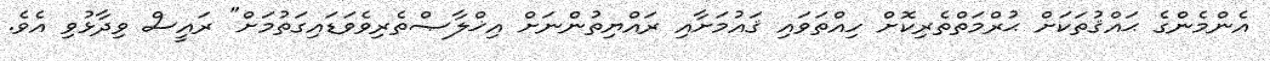
އެންމެންގެ ޙައްޤުތަކަށް ޙުރްމަތްތެރިކޮށް ހިއްތަވައި ޤައުމަށާއި ރައްޔިތުންނަށް އިޚްލާޞްތެރިވެވަޑައިގަތުމަށް" ރައީސް ވިދާޅުވި އެވެ.